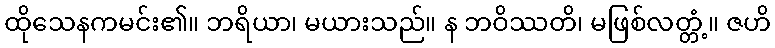
ထိုသေနကမင်း၏။ ဘရိယာ၊ မယားသည်။ န ဘဝိဿတိ၊ မဖြစ်လတ္တံ့။ ဇဟိ